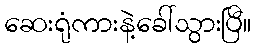
ဆေးရုံကားနဲ့ခေါ်သွားပြီ။